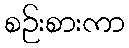
စဉ်းစားကာ